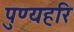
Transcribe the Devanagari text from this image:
पुण्यहरि